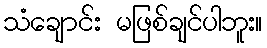
သံချောင်း မဖြစ်ချင်ပါဘူး။